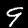
Label: 9